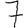
Digit: 7